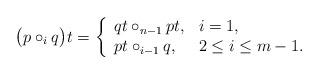
LaTeX: \begin{align*} \big( p \circ_i q \big) t = \left\{ \begin{array}{ll} qt \circ_{n-1} pt, & i = 1, \\ pt \circ_{i-1} q, & 2\leq i \leq m-1. \end{array} \right.\end{align*}